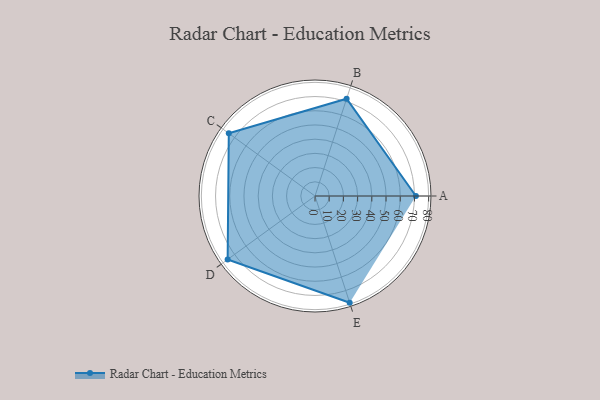
{"axis": {"x": "Skill", "y": "Score"}, "legend": ["Profile"], "data": [{"x": "A", "y": 71.0, "type": "Profile"}, {"x": "B", "y": 72.0, "type": "Profile"}, {"x": "C", "y": 75.0, "type": "Profile"}, {"x": "D", "y": 76.0, "type": "Profile"}, {"x": "E", "y": 79.0, "type": "Profile"}]}